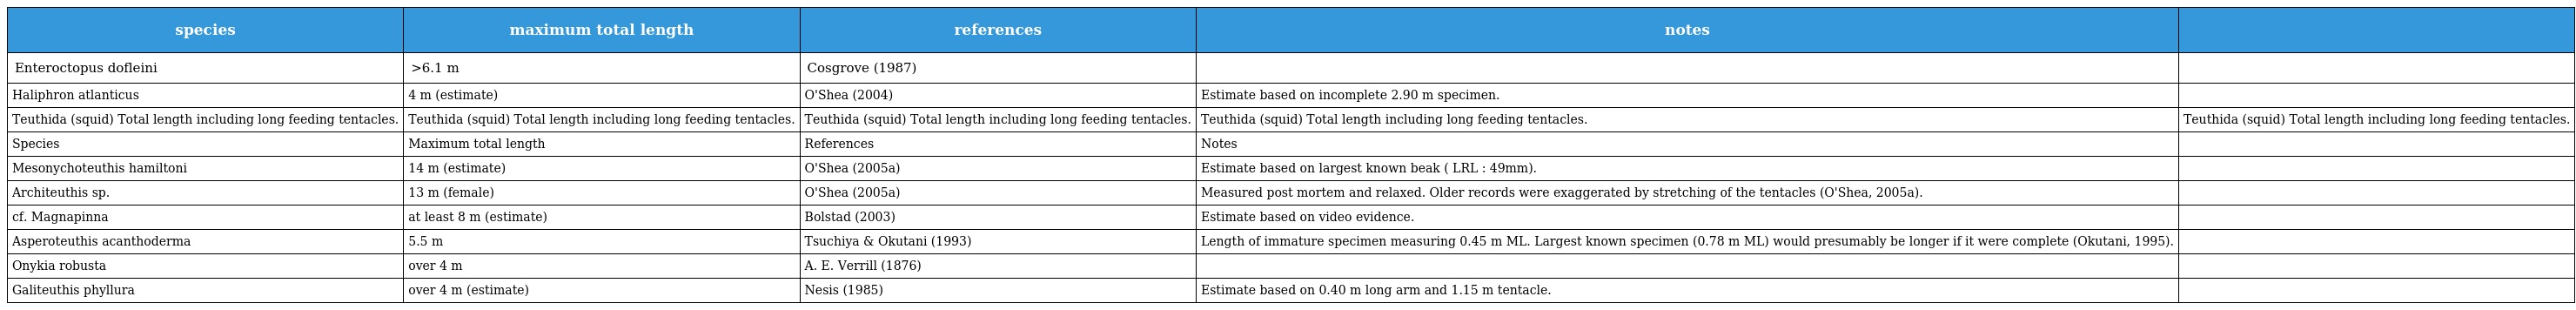
| species | maximum total length | references | notes |  |
 | --- | --- | --- | --- | --- |
 | Enteroctopus dofleini | >6.1 m | Cosgrove (1987) |  |  |
 | Haliphron atlanticus | 4 m (estimate) | O'Shea (2004) | Estimate based on incomplete 2.90 m specimen. |  |
 | Teuthida (squid) Total length including long feeding tentacles. | Teuthida (squid) Total length including long feeding tentacles. | Teuthida (squid) Total length including long feeding tentacles. | Teuthida (squid) Total length including long feeding tentacles. | Teuthida (squid) Total length including long feeding tentacles. |
 | Species | Maximum total length | References | Notes |  |
 | Mesonychoteuthis hamiltoni | 14 m (estimate) | O'Shea (2005a) | Estimate based on largest known beak ( LRL : 49mm). |  |
 | Architeuthis sp. | 13 m (female) | O'Shea (2005a) | Measured post mortem and relaxed. Older records were exaggerated by stretching of the tentacles (O'Shea, 2005a). |  |
 | cf. Magnapinna | at least 8 m (estimate) | Bolstad (2003) | Estimate based on video evidence. |  |
 | Asperoteuthis acanthoderma | 5.5 m | Tsuchiya & Okutani (1993) | Length of immature specimen measuring 0.45 m ML. Largest known specimen (0.78 m ML) would presumably be longer if it were complete (Okutani, 1995). |  |
 | Onykia robusta | over 4 m | A. E. Verrill (1876) |  |  |
 | Galiteuthis phyllura | over 4 m (estimate) | Nesis (1985) | Estimate based on 0.40 m long arm and 1.15 m tentacle. |  |